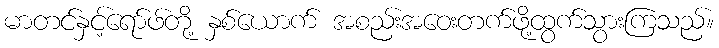
မာတင်နှင့်ရော်ဖ်တို့ နှစ်ယောက် အစည်းအဝေးတက်ဖို့ထွက်သွားကြသည်။